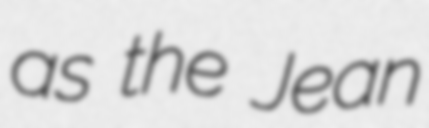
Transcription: as the Jean